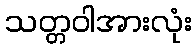
သတ္တဝါအားလုံး